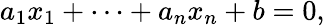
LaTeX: a_{1}x_{1}+\cdots+a_{n}x_{n}+b=0,